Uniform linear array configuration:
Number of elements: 12
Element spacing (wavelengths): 0.25
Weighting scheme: hann
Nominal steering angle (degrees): -15
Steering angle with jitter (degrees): -15.965
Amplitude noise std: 0.05
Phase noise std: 0.05

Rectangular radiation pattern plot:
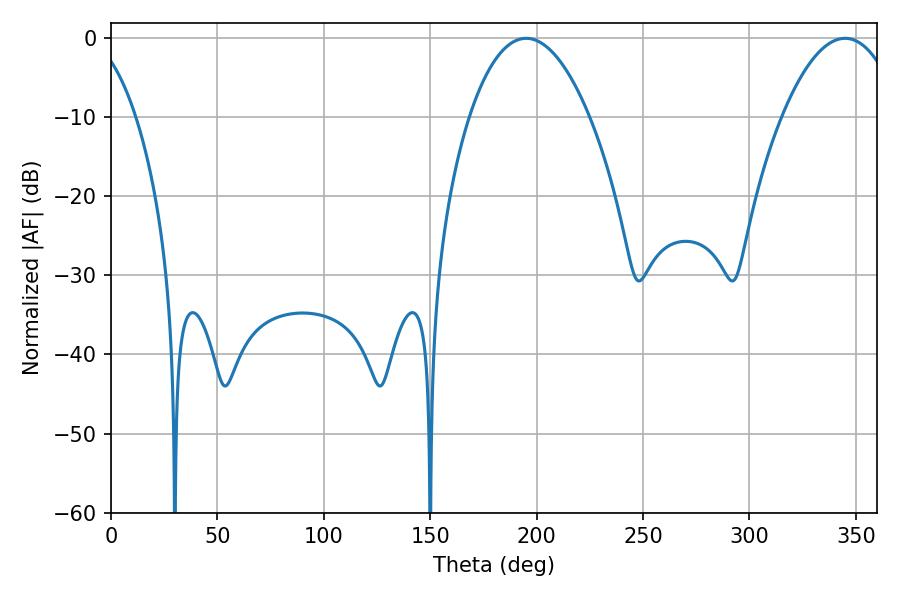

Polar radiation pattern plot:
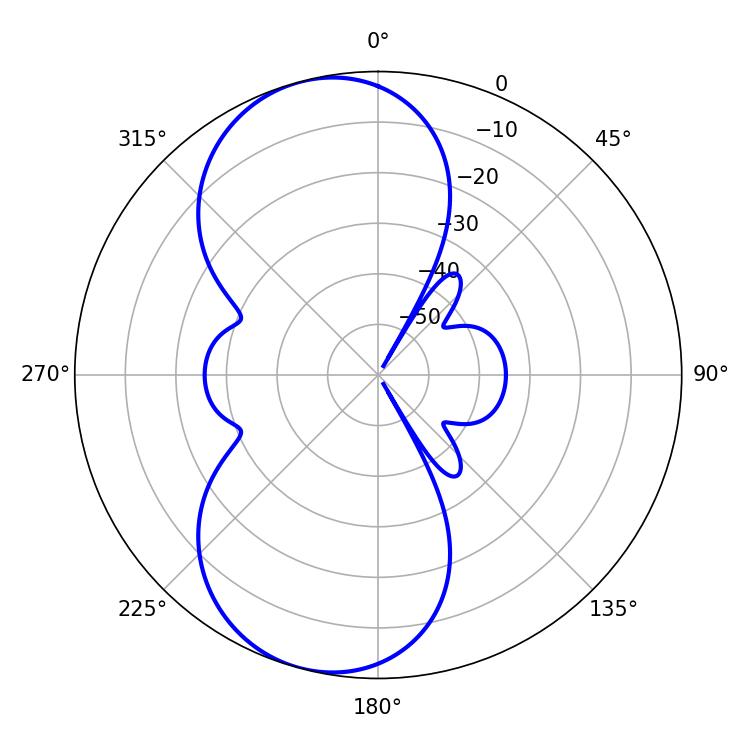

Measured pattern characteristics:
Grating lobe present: FALSE
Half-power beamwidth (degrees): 31.32
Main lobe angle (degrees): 195.12